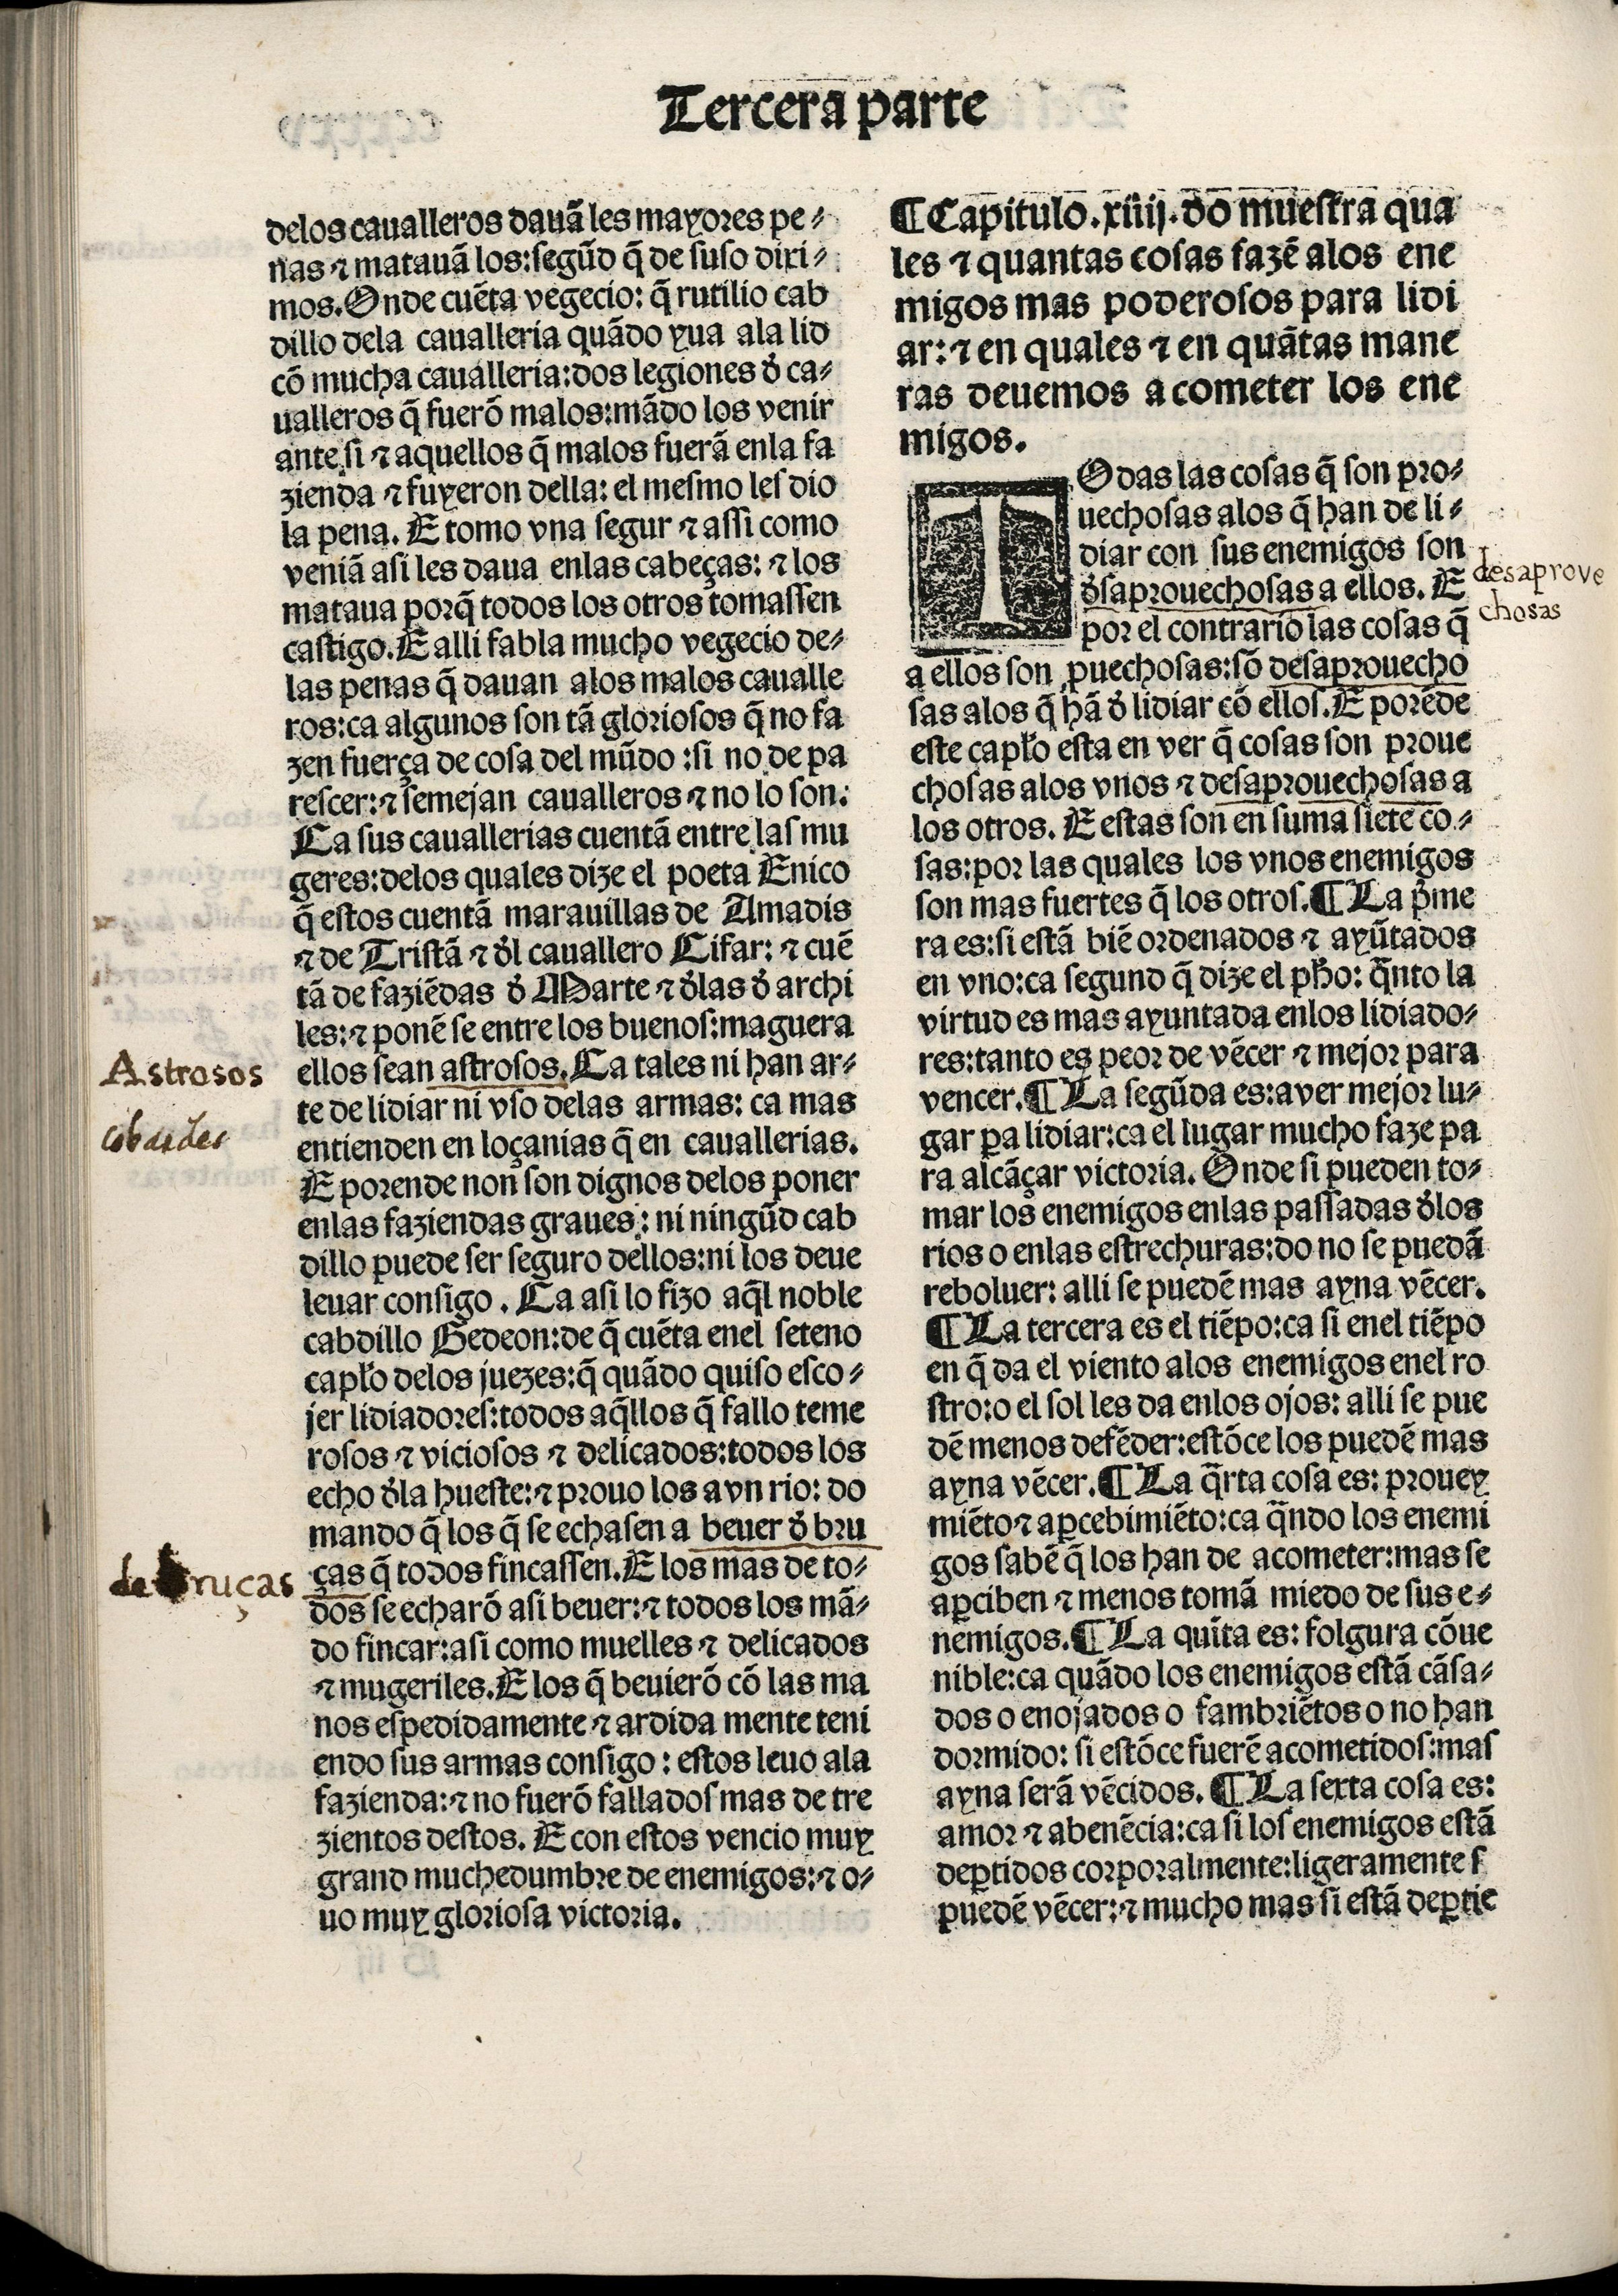
Shelfmark: Madrid, BNE, Inc. 901
Century: 15